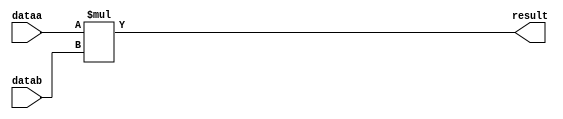
//lpm_mult CBX_DECLARE_ALL_CONNECTED_PORTS="OFF" DEVICE_FAMILY="Cyclone V" DSP_BLOCK_BALANCING="Auto" LPM_REPRESENTATION="UNSIGNED" LPM_WIDTHA=12 LPM_WIDTHB=12 LPM_WIDTHP=24 MAXIMIZE_SPEED=5 dataa datab result CARRY_CHAIN="MANUAL" CARRY_CHAIN_LENGTH=48
//VERSION_BEGIN 16.0 cbx_cycloneii 2016:04:27:18:05:34:SJ cbx_lpm_add_sub 2016:04:27:18:05:34:SJ cbx_lpm_mult 2016:04:27:18:05:34:SJ cbx_mgl 2016:04:27:18:06:48:SJ cbx_nadder 2016:04:27:18:05:34:SJ cbx_padd 2016:04:27:18:05:34:SJ cbx_stratix 2016:04:27:18:05:34:SJ cbx_stratixii 2016:04:27:18:05:34:SJ cbx_util_mgl 2016:04:27:18:05:34:SJ  VERSION_END
// synthesis VERILOG_INPUT_VERSION VERILOG_2001
// altera message_off 10463



// Copyright (C) 1991-2016 Altera Corporation. All rights reserved.
//  Your use of Altera Corporation's design tools, logic functions 
//  and other software and tools, and its AMPP partner logic 
//  functions, and any output files from any of the foregoing 
//  (including device programming or simulation files), and any 
//  associated documentation or information are expressly subject 
//  to the terms and conditions of the Altera Program License 
//  Subscription Agreement, the Altera Quartus Prime License Agreement,
//  the Altera MegaCore Function License Agreement, or other 
//  applicable license agreement, including, without limitation, 
//  that your use is for the sole purpose of programming logic 
//  devices manufactured by Altera and sold by Altera or its 
//  authorized distributors.  Please refer to the applicable 
//  agreement for further details.



//synthesis_resources = 
//synopsys translate_off
`timescale 1 ps / 1 ps
//synopsys translate_on
module  mult_38n
	( 
	dataa,
	datab,
	result) /* synthesis synthesis_clearbox=1 */;
	input   [11:0]  dataa;
	input   [11:0]  datab;
	output   [23:0]  result;

	wire [11:0]    dataa_wire;
	wire [11:0]    datab_wire;
	wire [23:0]    result_wire;



	assign dataa_wire = dataa;
	assign datab_wire = datab;
	assign result_wire = dataa_wire * datab_wire;
	assign result = ({result_wire[23:0]});

endmodule //mult_38n
//VALID FILE